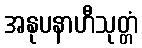
အနုပနာဟီသုတ္တံ